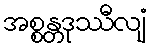
အစ္စန္တဒုဿီလျံ